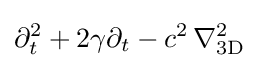
\partial _{t}^{2}+2\gamma \partial _{t}-c^{2}\,\nabla _{\text{3D}}^{2}